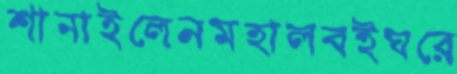
শানাইলেনমহালবইঘরে